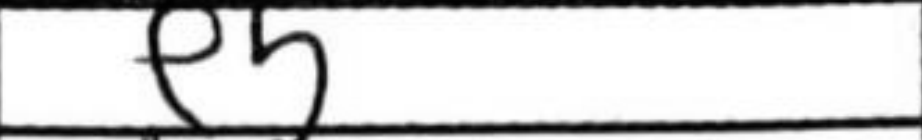
Transcription: e5